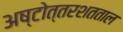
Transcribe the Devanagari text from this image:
अष्टोत्तरशतताल